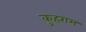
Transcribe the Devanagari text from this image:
कुहराम